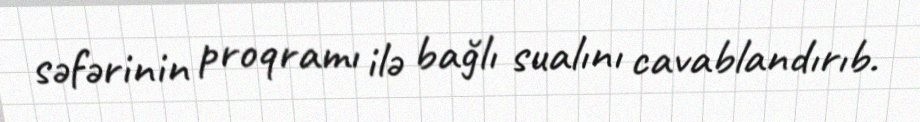
səfərinin proqramı ilə bağlı sualını cavablandırıb.